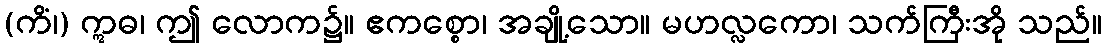
(ကိံ၊) ဣဓ၊ ဤ လောက၌။ ဧကစ္စော၊ အချို့သော။ မဟလ္လကော၊ သက်ကြီးအို သည်။